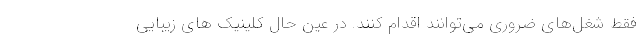
فقط شغل‌های ضروری می‌توانند اقدام کنند. در عین حال کلینیک ‌های زیبایی